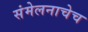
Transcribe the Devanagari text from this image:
संमेलनाचेच